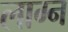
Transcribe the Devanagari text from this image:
लाग्न